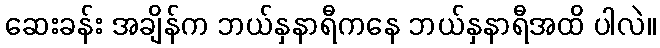
ဆေးခန်း အချိန်က ဘယ်နှနာရီကနေ ဘယ်နှနာရီအထိ ပါလဲ။